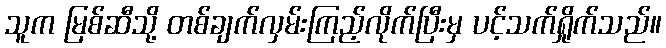
သူက မြစ်ဆီသို့ တစ်ချက်လှမ်းကြည့်လိုက်ပြီးမှ ပင့်သက်ရှိုက်သည်။